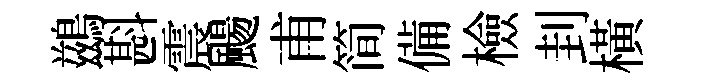
鷀斟震颺甫简備檢刲橫